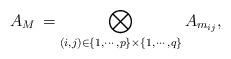
LaTeX: \begin{align*}A_M \,=\bigotimes_{(i,j)\in \{1,\cdots, p\}\times \{1,\cdots, q\}} A_{m_{ij}}, \end{align*}